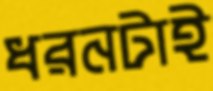
ধরনটাই